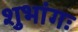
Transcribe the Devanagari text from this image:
शुभांगः